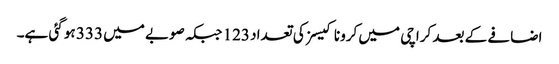
اضافے کے بعد کراچی میں کرونا کیسز کی تعداد 123 جبکہ صوبے میں 333 ہو گئی ہے۔